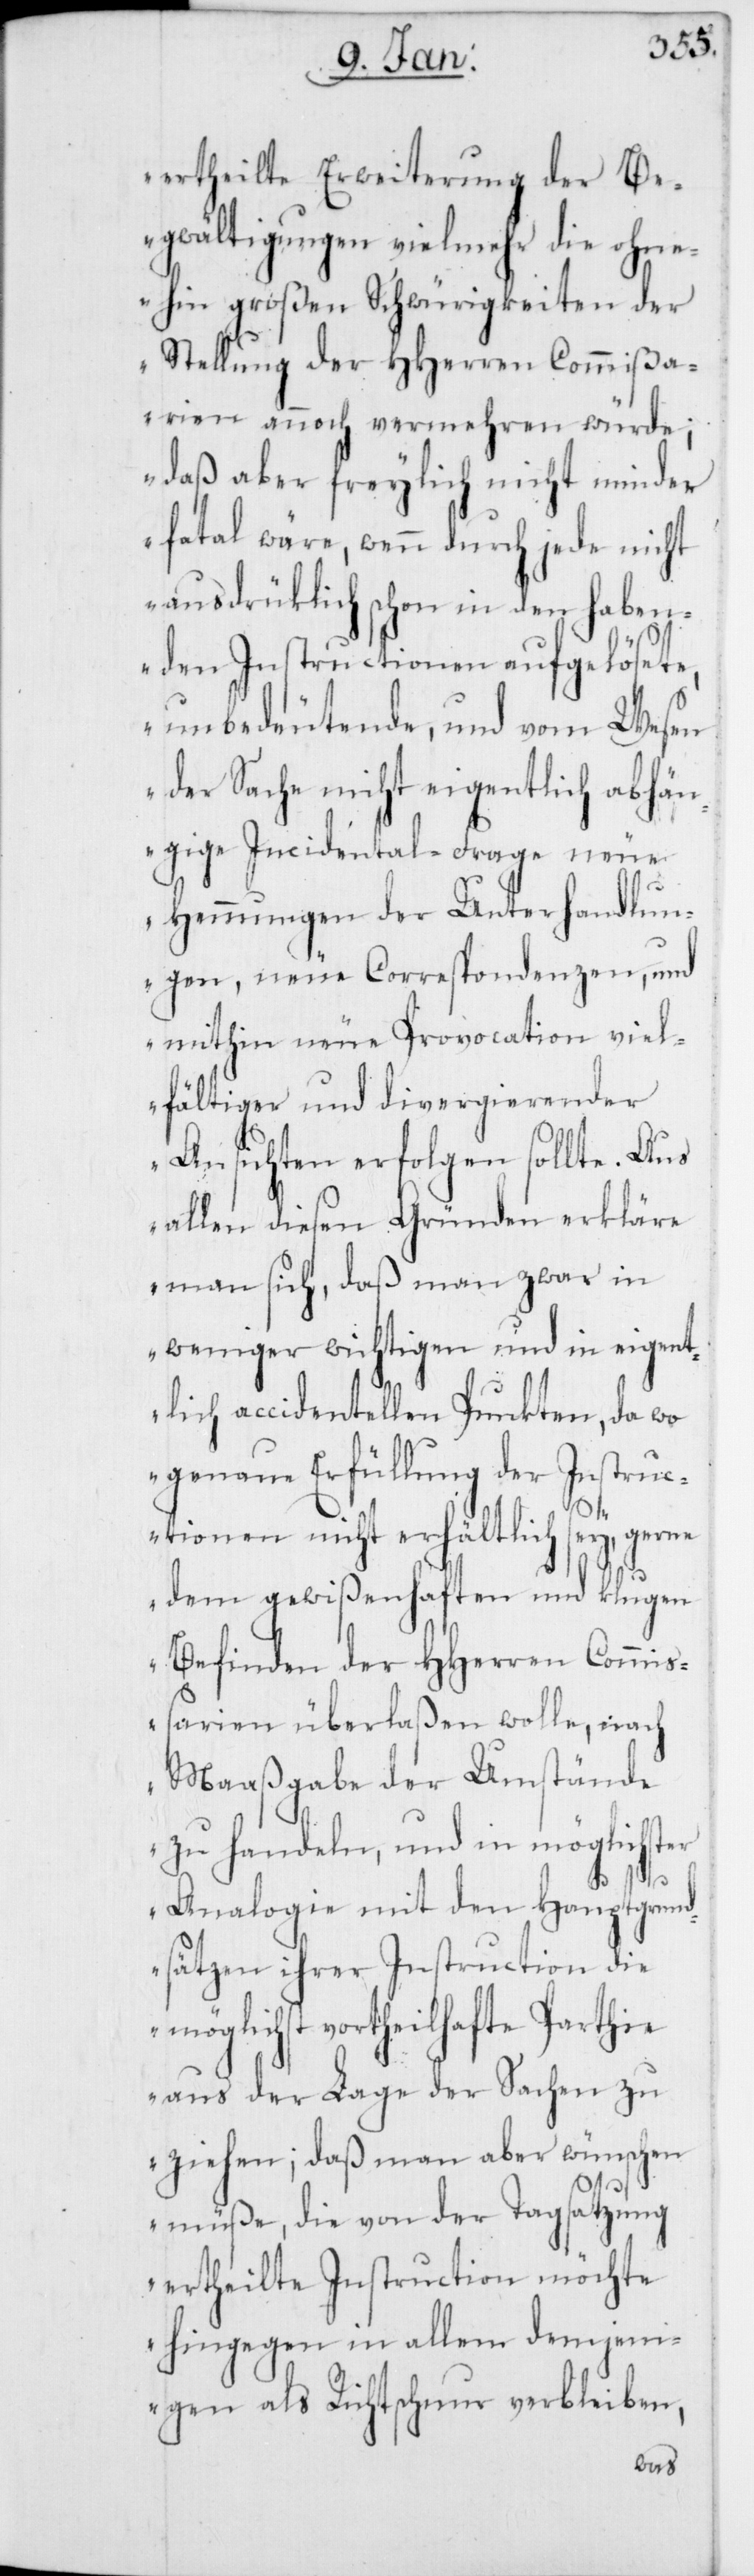
ertheilte Erweiterung der Be¬
gwältigungen vielmehr die ohne¬
hin großen Schwürigkeiten der
Stellung der HHerren Commißa¬
rien annoch vermehren würde,
daß aber freylich nicht minder
fatal wäre, wenn durch jede nicht
ausdrüklich schon in den haben¬
den Instructionen aufgelösete,
unbedeutende und vom Wesen
der Sache nicht eigentlich abhän¬
gige Incidental-Frage neue
Hemmungen der Unterhandlun¬
gen, neue Correspondenzen, und
mithin neue Provocation viel¬
fältiger und divergierender
Ansichten erfolgen sollte. Aus
allen diesen Gründen erkläre
man sich, daß man zwar in
weniger wichtigen und in eigent¬
lich accidentellen Punkten, da wo
genaue Erfüllung des Instruc¬
tionen nicht erhältlich sey, gerne
dem gewißenhaften und klugen
Befinden der HHerren Commiß¬
arien überlaßen wolle, nach
Maaßgabe der Umstände
zu handeln, und in möglichster
Analogie mit den Hauptgrund¬
sätzen ihrer Instruction die
möglichst vortheilhafte Parthie
aus der Lage der Sachen zu
ziehen; daß man aber wünschen
müße, die von der Tagsatzung
ertheilte Instruction möchte
hingegen in allem demjeni¬
gen als Richtschnur verbleiben,